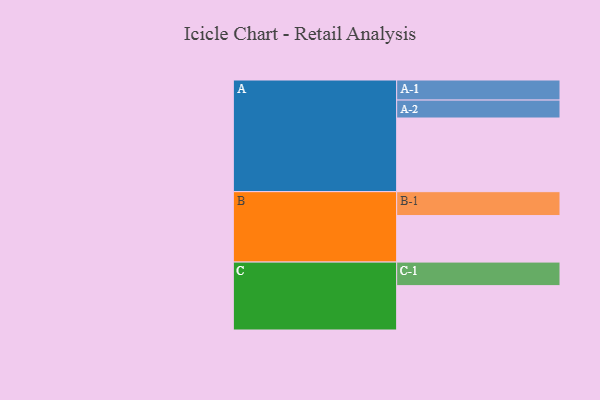
{"axis": {"x": "Segment", "y": "Value"}, "legend": ["", "A", "B", "C"], "data": [{"x": "A", "y": 591, "type": ""}, {"x": "B", "y": 373, "type": ""}, {"x": "C", "y": 356, "type": ""}, {"x": "A-1", "y": 161, "type": "A"}, {"x": "A-2", "y": 144, "type": "A"}, {"x": "B-1", "y": 192, "type": "B"}, {"x": "C-1", "y": 189, "type": "C"}]}